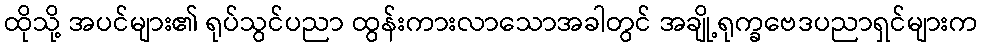
ထိုသို့ အပင်များ၏ ရုပ်သွင်ပညာ ထွန်းကားလာသောအခါတွင် အချို့ရုက္ခဗေဒပညာရှင်များက